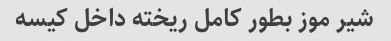
شیر موز بطور کامل ریخته داخل کیسه